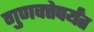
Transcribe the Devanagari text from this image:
गुणवत्तेपर्यंत